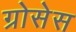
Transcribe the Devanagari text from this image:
ग्रोसेस